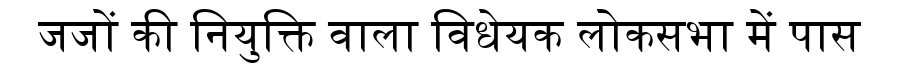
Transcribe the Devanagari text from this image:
जजों की नियुक्ति वाला विधेयक लोकसभा में पास